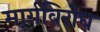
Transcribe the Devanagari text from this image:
मार्गविरोध